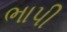
ભાપી